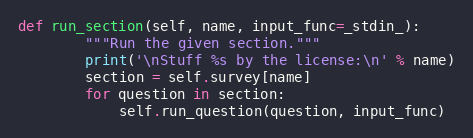
Language: Python
def run_section(self, name, input_func=_stdin_):
        """Run the given section."""
        print('\nStuff %s by the license:\n' % name)
        section = self.survey[name]
        for question in section:
            self.run_question(question, input_func)